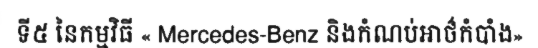
ទី៥ នៃកម្មវិធី « Mercedes-Benz និងកំណប់អាថ៌កំបាំង»